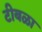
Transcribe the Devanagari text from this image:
टीबळा